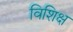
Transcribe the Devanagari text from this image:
विशिक्ष